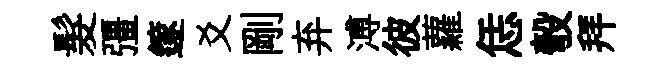
髮彊篴爻剛弃溥彼蘿恁彀拜